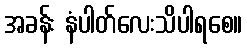
အခန်း နံပါတ်လေးသိပါရစေ။